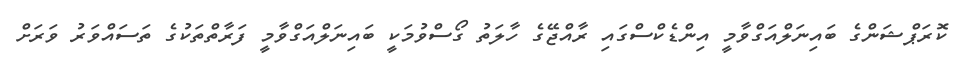
ކޮރަޕްޝަންގެ ބައިނަލްއަގްވާމީ އިންޑެކްސްގައި ރާއްޖޭގެ ހާލަތު ގޯސްވުމަކީ ބައިނަލްއަގްވާމީ ފަރާތްތަކުގެ ތަސައްވަރު ވަރަށް